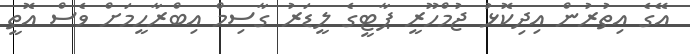
އޭގެ އިތުރުން އިދިކޮޅު ޖުމްހޫރީ ޕާޓީގެ ލީޑަރު ގާސިމް އިބްރާހީމަށް ވެސް އޮތީ